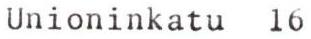
Unioninkatu 16